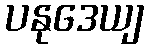
ပနုဒေယျ